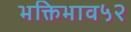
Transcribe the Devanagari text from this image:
भक्तिभाव५२